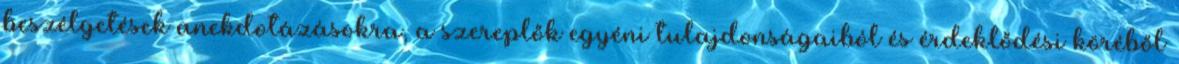
beszélgetések anekdotázásokra, a szereplők egyéni tulajdonságaiból és érdeklődési köréből